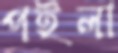
পইলা